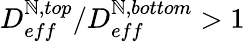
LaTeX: {{D_{eff}^{\mathbb{N},top}}/{D_{eff}^{\mathbb{N},bottom}}>1}